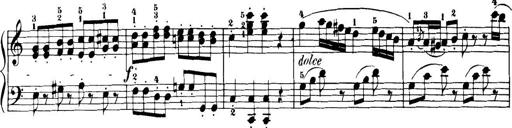
Title: 32 Sonatinas and Rondos for the Piano
Composer: Richard Kleinmichel